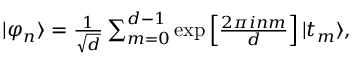
\begin{array} { r } { | \varphi _ { n } \rangle = \frac { 1 } { \sqrt { d } } \sum _ { m = 0 } ^ { d - 1 } \exp \left[ \frac { 2 \pi i n m } { d } \right] | t _ { m } \rangle , } \end{array}